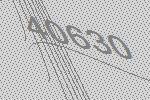
40630